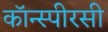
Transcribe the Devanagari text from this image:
कॉन्स्पीरसी